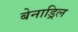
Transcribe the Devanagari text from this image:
बेनाड्रिल